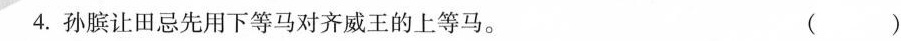
4.孙膑让田忌先用下等马对齐威王的上等马。 ()